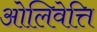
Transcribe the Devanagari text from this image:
ओलिवेत्ति